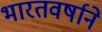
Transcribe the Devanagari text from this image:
भारतवर्षाने